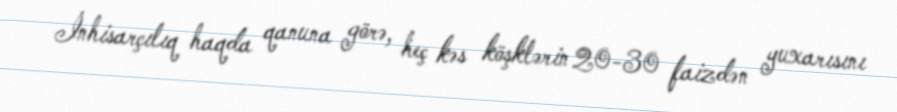
İnhisarçılıq haqda qanuna görə, heç kəs köşklərin 20-30 faizdən yuxarısını